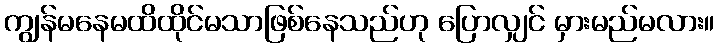
ကျွန်မနေမထိထိုင်မသာဖြစ်နေသည်ဟု ပြောလျှင် မှားမည်မလား။